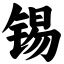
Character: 锡